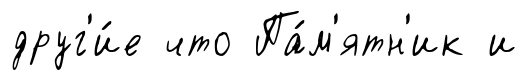
друг'и́е что Па́м'ятн'ик и